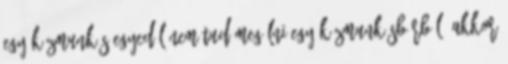
egy közmunkás egyedül nem tud megélni egy közmunkásbérből, akkor